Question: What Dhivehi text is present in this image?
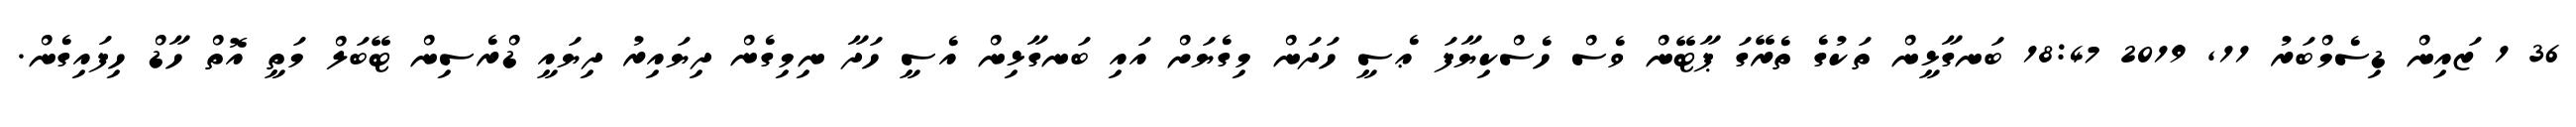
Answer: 36 1 ޒައިން ޑިސެމްބަރު 11, 2019 18:47 ބަނގާޅީން ތަކުގެ ތެރޭގަ ޕާޓޭން ވެސް ހެސްކިޔާފަ ޢެސީ ހަދަން މިގެޔަށް އައި ބަނގާޅިން އެސީ ހަދާ ނިމިގެން ދިޔައިރު ދިޔައީ ޑްރެސިން ޓޭބަލް މަތީ އޮތް ހާޑް ހިފައިގެން.